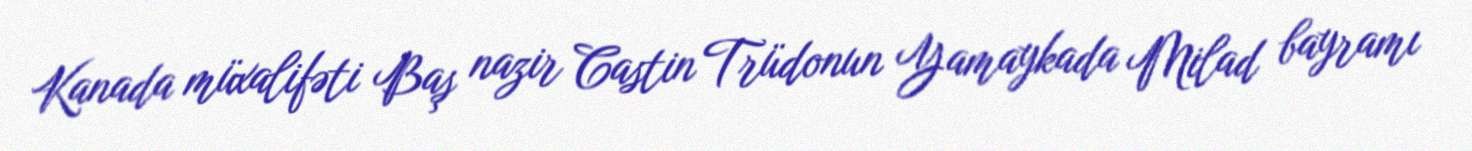
Kanada müxalifəti Baş nazir Castin Trüdonun Yamaykada Milad bayramı